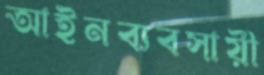
আইনব্যবসায়ী